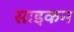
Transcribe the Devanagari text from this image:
साइकन